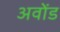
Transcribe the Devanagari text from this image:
अवोंड